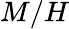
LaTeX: M/H